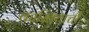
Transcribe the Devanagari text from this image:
कास्तियाची